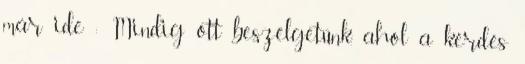
már ide : Mindig ott beszélgetünk, ahol a kérdés